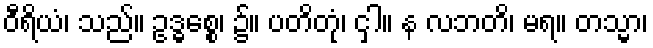
ဝီရိယံ၊ သည်။ ဥဒ္ဓစ္စေ၊ ၌။ ပတိတုံ၊ ငှါ။ န လဘတိ၊ မရ။ တသ္မာ၊